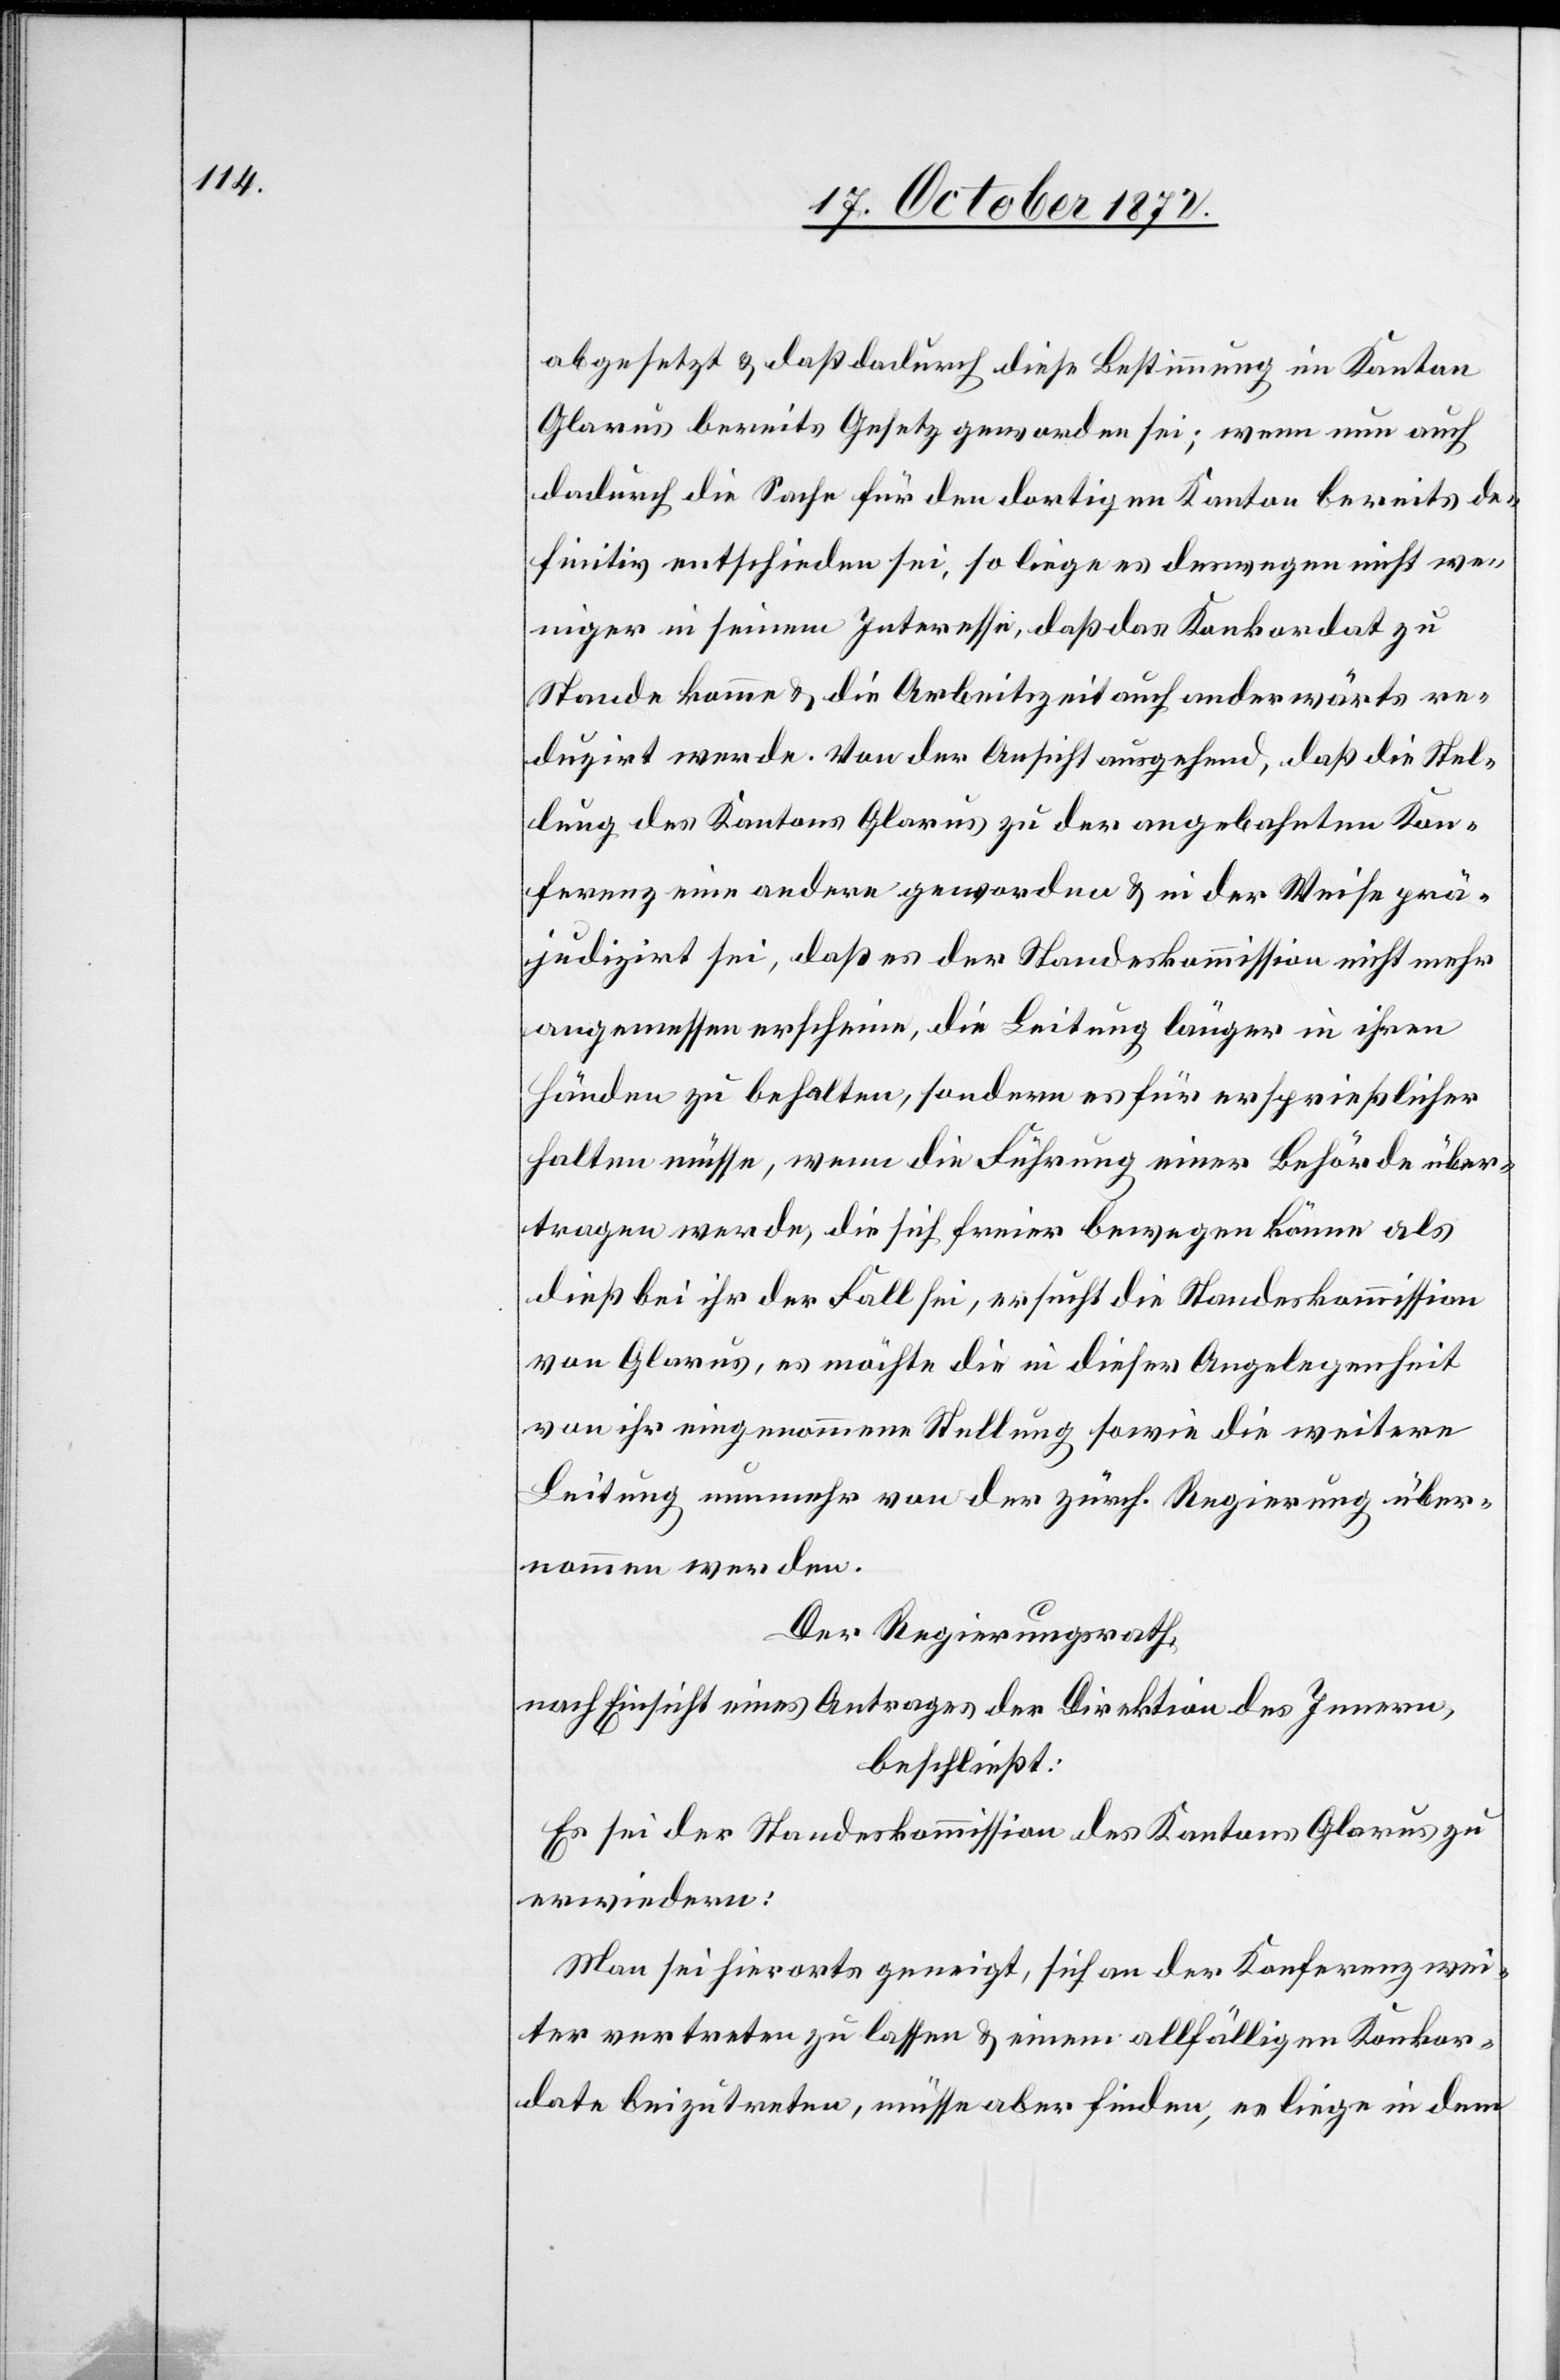
abgesetzt u. daß dadurch diese Bestimmung im Kanton
Glarus bereits Gesetz geworden sei; wenn nun auch
dadurch die Sache für den dortigen Kanton bereits de¬
finitiv entschieden sei, so liege es deswegen nicht we¬
niger in seinem Interesse, daß das Konkordat zu
Stande komme u. die Arbeitszeit auch anderwärts re¬
duzirt werde. Von der Ansicht ausgehend, daß die Stel¬
lung des Kantons Glarus zu der angebahnten Kon¬
ferenz eine andere geworden u. in der Weise prä¬
judizirt sei, daß es der Standeskommission nicht mehr
angemessen erscheine, die Leitung länger in ihren
Händen zu behalten, sondern es für ersprießlicher
halten müsse, wenn die Führung einer Behörde über¬
tragen werde, die sich freier bewegen könne als
dieß bei ihr der Fall sei, ersucht die Standeskommission
von Glarus, es möchte die in dieser Angelegenheit
von ihr eingenommene Stellung sowie die weitere
Leitung nunmehr von der zürch. Regierung über¬
nommen werden.
Der Regierungsrath,
nach Einsicht eines Antrages der Direktion des Innern,
beschließt:
Es sei der Standeskommission des Kantons Glarus zu
erwiedern:
Man sei hierorts geneigt, sich an der Konferenz wei¬
ter vertreten zu lassen u. einem allfälligen Konkor¬
date beizutreten, müsse aber finden, es liege in dem